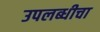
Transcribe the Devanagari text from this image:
उपलब्धीचा